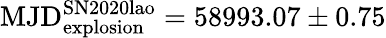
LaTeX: \mathrm{MJD_{explosion}^{SN2020lao}}=58993.07\pm 0.75